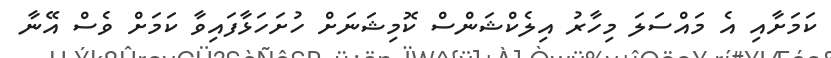
ކަމަށާއި އެ މައްސަލަ މިހާރު އިލެކްޝަންސް ކޮމިޝަނަށް ހުށަހަޅާފައިވާ ކަމަށް ވެސް އޭނާ